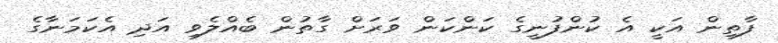
ފާތިން އަކީ އެ ކުންފުނީގެ ކަންކަން ވަރަށް ގާތުން ބެއްލެވި އަދި އެކަމަނާގެ